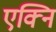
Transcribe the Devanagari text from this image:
एक्नि